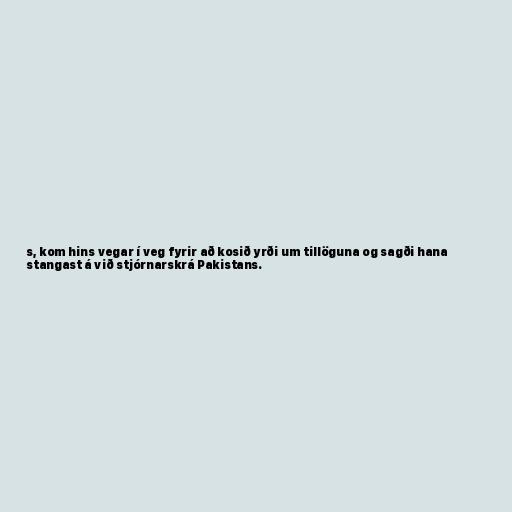
s, kom hins vegar í veg fyrir að kosið yrði um tillöguna og sagði hana
stangast á við stjórnarskrá Pakistans.